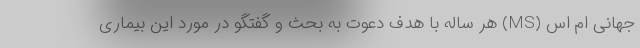
جهانی ام اس (MS) هر ساله با هدف دعوت به بحث و گفتگو در مورد این بیماری